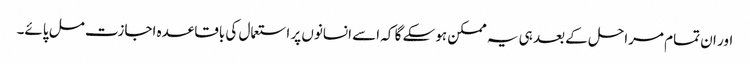
اور ان تمام مراحل کے بعد ہی یہ ممکن ہوسکے گا کہ اسے انسانوں پر استعمال کی باقاعدہ اجازت مل پائے۔